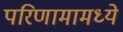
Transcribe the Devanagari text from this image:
परिणामामध्ये